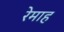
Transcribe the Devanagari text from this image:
रेमाह